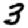
Digit: 3